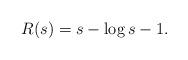
LaTeX: \begin{align*} R(s) = s - \log s - 1.\end{align*}